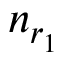
n _ { r _ { 1 } }